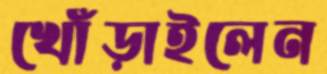
খোঁড়াইলেন